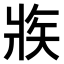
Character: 𤕼